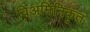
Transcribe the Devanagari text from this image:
विअमिनिकृत